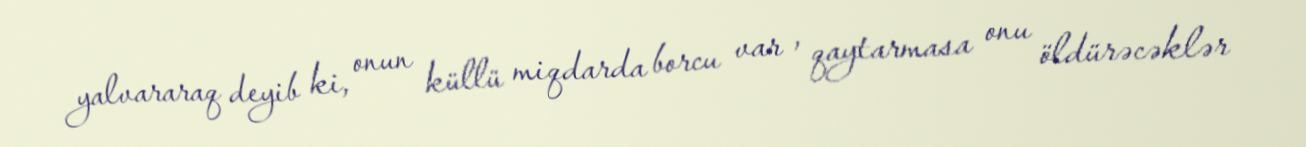
yalvararaq deyib ki, onun küllü miqdarda borcu var , qaytarmasa onu öldürəcəklər